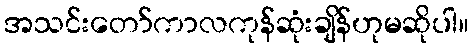
အသင်းတော်ကာလကုန်ဆုံးချိန်ဟုမဆိုပါ။